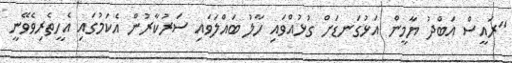
"ރައީސް އަބްދު ޔާމީން އަޅުގަނޑަށް ގުޅުއްވައި ހާލު ބައްލަވައި ސަރުކާރުން އެކަމުގައި އެހީތެރިވެވޭނީ